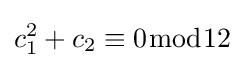
c_{1}^{2}+c_{2}\equiv 0{\bmod {1}}2